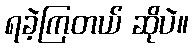
ရခဲ့ကြတယ် ဆိုပဲ။